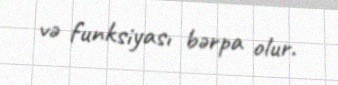
və funksiyası bərpa olur.